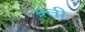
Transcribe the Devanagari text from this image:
क्र्ती